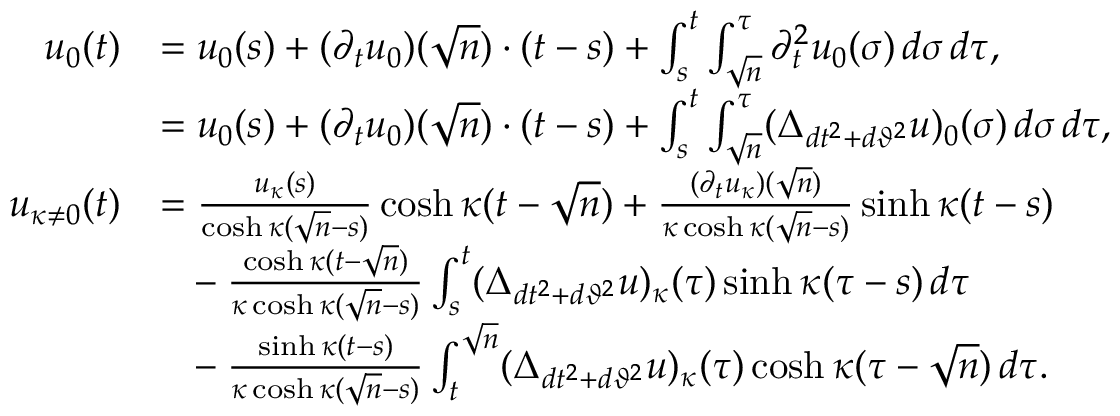
\begin{array} { r l } { u _ { 0 } ( t ) } & { = u _ { 0 } ( s ) + ( \partial _ { t } u _ { 0 } ) ( \sqrt { n } ) \cdot ( t - s ) + \int _ { s } ^ { t } \int _ { \sqrt { n } } ^ { \tau } \partial _ { t } ^ { 2 } u _ { 0 } ( \sigma ) \, d \sigma \, d \tau , } \\ & { = u _ { 0 } ( s ) + ( \partial _ { t } u _ { 0 } ) ( \sqrt { n } ) \cdot ( t - s ) + \int _ { s } ^ { t } \int _ { \sqrt { n } } ^ { \tau } ( \Delta _ { d t ^ { 2 } + d \vartheta ^ { 2 } } u ) _ { 0 } ( \sigma ) \, d \sigma \, d \tau , } \\ { u _ { \kappa \neq 0 } ( t ) } & { = \frac { u _ { \kappa } ( s ) } { \cosh \kappa ( \sqrt { n } - s ) } \cosh \kappa ( t - \sqrt { n } ) + \frac { ( \partial _ { t } u _ { \kappa } ) ( \sqrt { n } ) } { \kappa \cosh \kappa ( \sqrt { n } - s ) } \sinh \kappa ( t - s ) } \\ & { \hphantom { = } - \frac { \cosh \kappa ( t - \sqrt { n } ) } { \kappa \cosh \kappa ( \sqrt { n } - s ) } \int _ { s } ^ { t } ( \Delta _ { d t ^ { 2 } + d \vartheta ^ { 2 } } u ) _ { \kappa } ( \tau ) \sinh \kappa ( \tau - s ) \, d \tau } \\ & { \hphantom { = } - \frac { \sinh \kappa ( t - s ) } { \kappa \cosh \kappa ( \sqrt { n } - s ) } \int _ { t } ^ { \sqrt { n } } ( \Delta _ { d t ^ { 2 } + d \vartheta ^ { 2 } } u ) _ { \kappa } ( \tau ) \cosh \kappa ( \tau - \sqrt { n } ) \, d \tau . } \end{array}